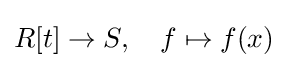
R[t]\to S,\quad f\mapsto f(x)